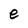
Character: e